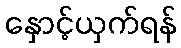
နှောင့်ယှက်ရန်